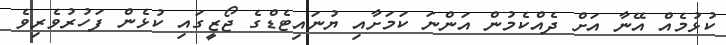
ކުޅުމެއް އޭނާ އަށް ދެއްކެމުން އަންނަ ކަމަށާއި ޔުނައިޓެޑްގެ ޖޯޒީގައި ކުޅެން ފަހުރުވެރިވެ